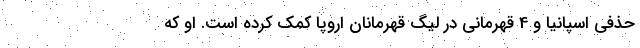
حذفی اسپانیا و 4 قهرمانی در لیگ قهرمانان اروپا کمک کرده است. او که